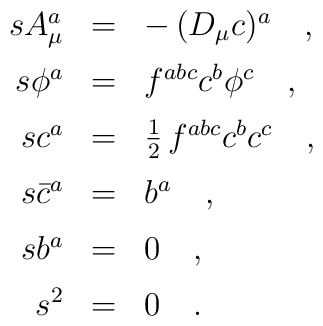
\begin{array}{rcl}        s A^a_\mu & = & -\,(D_\mu c)^a \quad , \\[2mm]        s \phi^a & = & f^{abc} c^b \phi^c \quad , \\[2mm]        s c^a & = & \frac{1}{2} \, f^{abc} c^b c^c \quad , \\[2mm]        s \bar{c}^a & = & b^a \quad ,\\[2mm]        s b^a & = & 0 \quad ,  \\[2mm]        s^2 & = & 0 \quad .\end{array}